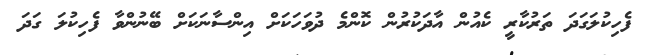
ފެހިކުލަގަދަ ތަރުކާރީ ކެއުން އާދަކުރުން ކޮންމެ ދުވަހަކަށް އިންސާނަކަށް ބޭނުންވާ ފެހިކުލަ ގަދަ